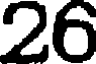
26